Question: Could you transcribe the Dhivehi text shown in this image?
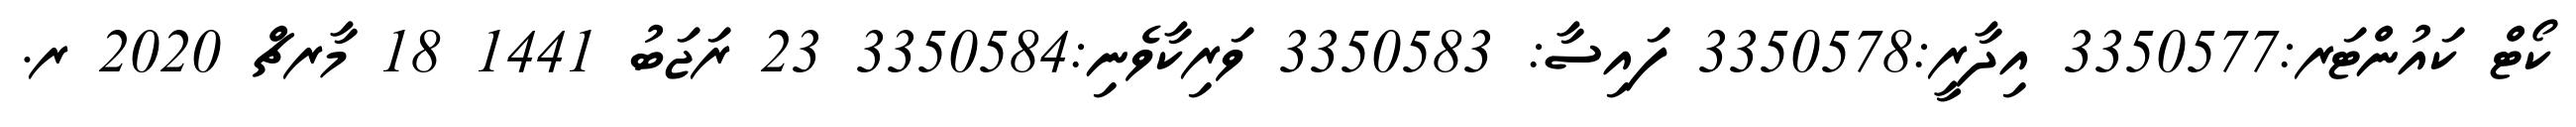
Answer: ކޯޓް ކައުންޓަރ:3350577 އިދާރީ:3350578 ފައިސާ: 3350583 ވަރިކާވެނި:3350584 23 ރަޖަބު 1441 18 މާރޗް 2020 ރ.